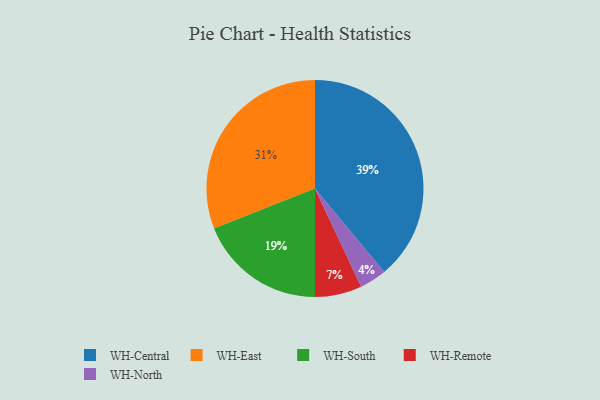
{"axis": {"x": "Category", "y": "Percentage"}, "legend": ["WH-Central", "WH-East", "WH-North", "WH-Remote", "WH-South"], "data": [{"x": "WH-South", "y": 19, "type": "WH-South"}, {"x": "WH-Remote", "y": 7, "type": "WH-Remote"}, {"x": "WH-East", "y": 31, "type": "WH-East"}, {"x": "WH-Central", "y": 39, "type": "WH-Central"}, {"x": "WH-North", "y": 4, "type": "WH-North"}]}